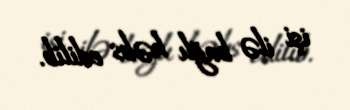
işi ilə bağlı həbs edilib.